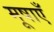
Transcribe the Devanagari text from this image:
मूषाएँ